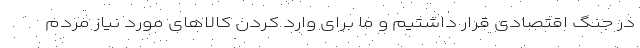
در جنگ اقتصادی قرار داشتیم و ما برای وارد کردن کالاهای مورد نیاز مردم